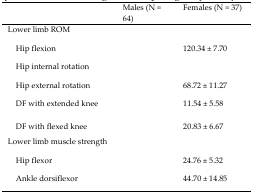
<table><thead><tr><td>[EMPTY_CELL]</td><td><b>Males (N = 64)</b></td><td><b>Females (N = 37)</b></td></tr></thead><tbody><tr><td>Lower limb ROM</td><td>[EMPTY_CELL]</td><td>[EMPTY_CELL]</td></tr><tr><td>Hip flexion</td><td>[EMPTY_CELL]</td><td>120.34 ± 7.70</td></tr><tr><td>Hip internal rotation</td><td>[EMPTY_CELL]</td><td>[EMPTY_CELL]</td></tr><tr><td>Hip external rotation</td><td>[EMPTY_CELL]</td><td>68.72 ± 11.27</td></tr><tr><td>DF with extended knee</td><td>[EMPTY_CELL]</td><td>11.54 ± 5.58</td></tr><tr><td>DF with flexed knee</td><td>[EMPTY_CELL]</td><td>20.83 ± 6.67</td></tr><tr><td>Lower limb muscle strength</td><td>[EMPTY_CELL]</td><td>[EMPTY_CELL]</td></tr><tr><td>Hip flexor</td><td>[EMPTY_CELL]</td><td>24.76 ± 5.32</td></tr><tr><td>Ankle dorsiflexor</td><td>[EMPTY_CELL]</td><td>44.70 ± 14.85</td></tr></tbody></table>